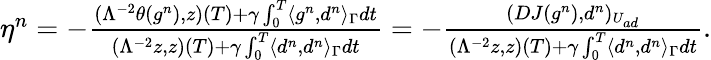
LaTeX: \begin{array}{r}{\eta^{n}=-\frac{(\Lambda^{-2}\theta(g^{n}),z)(T)+\gamma\int_{0}^{T}\langle g^{n},d^{n}\rangle_{\Gamma}dt}{(\Lambda^{-2}z,z)(T)+\gamma\int_{0}^{T}\langle d^{n},d^{n}\rangle_{\Gamma}dt}=-\frac{(DJ(g^{n}),d^{n})_{U_{ad}}}{(\Lambda^{-2}z,z)(T)+\gamma\int_{0}^{T}\langle d^{n},d^{n}\rangle_{\Gamma}dt}.}\end{array}